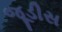
જૂડીસ